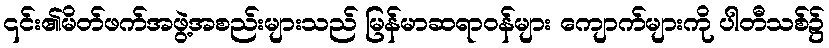
၎င်း၏မိတ်ဖက်အဖွဲ့အစည်းများသည် မြန်မာဆရာဝန်များ ကျောက်များကို ပါတီသစ်၌